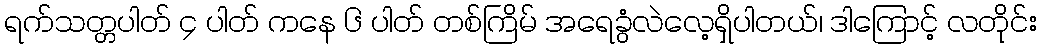
ရက်သတ္တပါတ် ၄ ပါတ် ကနေ ၆ ပါတ် တစ်ကြိမ် အရေခွံလဲလေ့ရှိပါတယ်၊ ဒါကြောင့် လတိုင်း